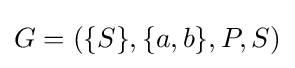
G=(\{S\},\{a,b\},P,S)